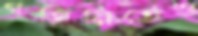
গজিনিতেও